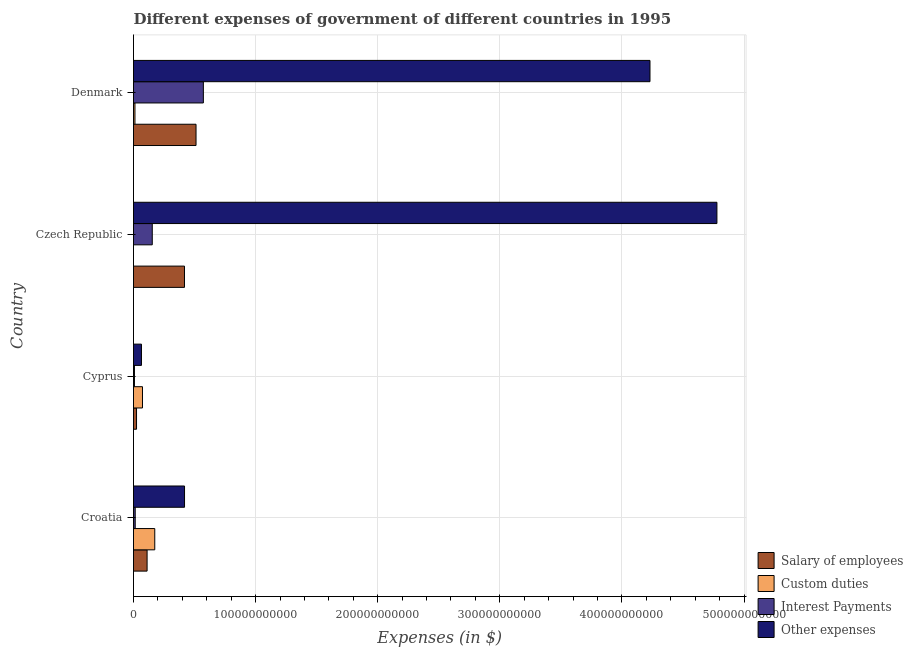
| Country | Salary of employees | Custom duties | Interest Payments | Other expenses |
 | --- | --- | --- | --- | --- |
 | Croatia | 1.11e+10 | 1.74e+10 | 1.4e+09 | 4.18e+10 |
 | Cyprus | 2.48e+09 | 7.35e+09 | 7.72e+08 | 6.52e+09 |
 | Czech Republic | 4.17e+10 | 5e+05 | 1.54e+10 | 4.78e+11 |
 | Denmark | 5.12e+10 | 1.18e+09 | 5.72e+10 | 4.23e+11 |